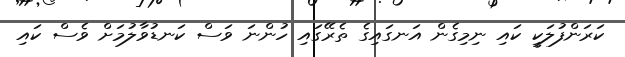
ކަރަންފުލަކީ ކައި ނިމިގެން އަނގައިގެ ތެރޭގައި ހުންނަ ވަސް ކަނޑުވާލުމަށް ވެސް ކައި